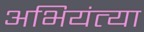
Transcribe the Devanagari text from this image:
अभियंत्या